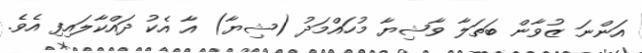
އަންނަ ޒުވާން ބަތަލާ ވާޝިޔާ މުހައްމަދު (ޝިޔާ) އާ އެކު ދައްކާލައިފި އެވެ.